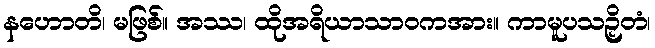
နဟောတိ၊ မဖြစ်။ အဿ၊ ထိုအရိယာသာဝကအား။ ကာမူပသဉှိတံ၊